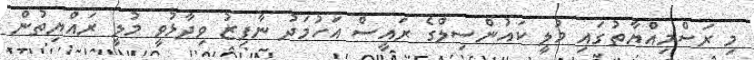
މި ރަސްމިއްޔާތުގައި މުލީ ކައުންސިލްގެ ރައީސް އަހުމަދު ނާފިޒު ވިދާޅުވީ މުލީ ރައްޔިތުން